Scottish Leaving Certificate Examination, 1955
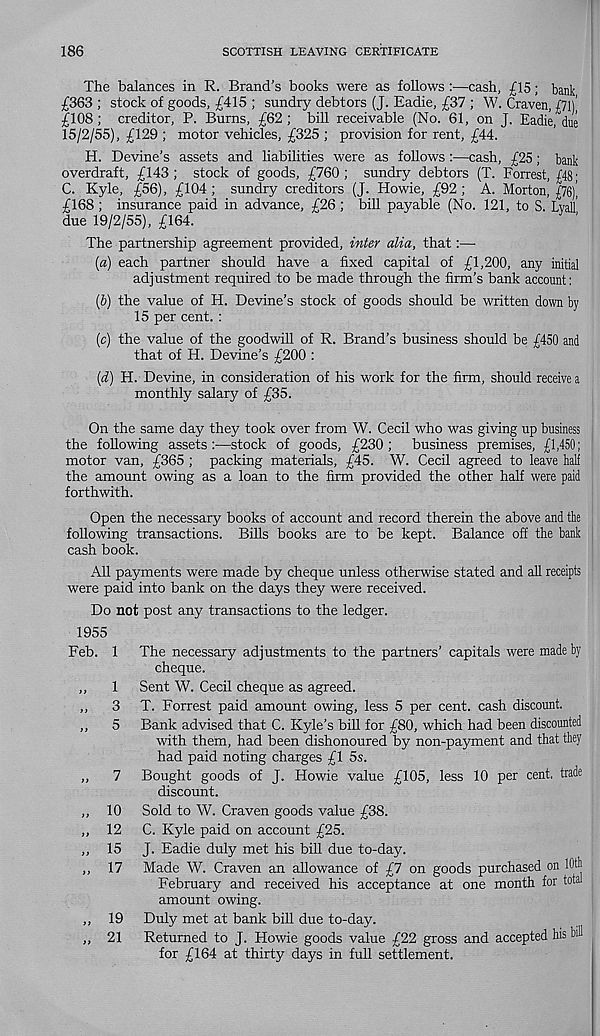
186
SCOTTISH LEAVING CERTIFICATE
The balances in R. Brand’s books were as follows :—cash, £15; bank
£363 ; stock of goods, £415 ; sundry debtors (J. Eadie, £37 ; W. Craven, £71)'
£108 ; creditor, P. Burns, £62 ; bill receivable (No. 61, on J. Eadie, due
15/2/55), £129 ; motor vehicles, £325 ; provision for rent, £44.
H. Devine’s assets and liabilities were as follows :—cash, £25; bank
overdraft, £143; stock of goods, £760; sundry debtors (T. Forrest, £48;
C. Kyle, £56), £104 ; sundry creditors (J. Howie, £92 ; A. Morton, £76)’,
£168 ; insurance paid in advance, £26 ; bill payable (No. 121, to S. Lyall'
due 19/2/55), £164.
The partnership agreement provided, inter alia, that:—
(а) each partner should have a fixed capital of £1,200, any initial
adjustment required to be made through the firm’s bank account:
(б) the value of H. Devine’s stock of goods should be written down by
15 per cent. :
(c) the value of the goodwill of R. Brand’s business should be £450 and
that of H. Devine’s £200 :
(d) H. Devine, in consideration of his work for the firm, should receive a
monthly salary of £35.
On the same day they took over from W. Cecil who was giving up business
the following assets:—stock of goods, £230; business premises, £1,450;
motor van, £365 ; packing materials, £45. W. Cecil agreed to leave half
the amount owing as a loan to the firm provided the other half were paid
forthwith.
Open the necessary books of account and record therein the above and the
following transactions. Bills books are to be kept. Balance off the bank
cash book.
All payments were made by cheque unless otherwise stated and all receipts
were paid into bank on the days they were received.
Do not post any transactions to the ledger.
1955
Feb. 1
7
))
>>
10
12
15
17
> >
))
The necessary adjustments to the partners’ capitals were made by
cheque.
Sent W. Cecil cheque as agreed.
T. Forrest paid amount owing, less 5 per cent, cash discount.
Bank advised that C. Kyle’s bill for £80, which had been discounted
with them, had been dishonoured by non-payment and that they
had paid noting charges £1 5s.
Bought goods of J. Howie value £105, less 10 per cent, trade
discount.
Sold to W. Craven goods value £38.
C. Kyle paid on account £25.
J. Eadie duly met his bill due to-day.
Made W. Craven an allowance of £7 on goods purchased on Wtlj
February and received his acceptance at one month for total
amount owing.
Duly met at bank bill due to-day.
Returned to J. Howie goods value £22 gross and accepted his bill
for £164 at thirty days in full settlement.
19
21